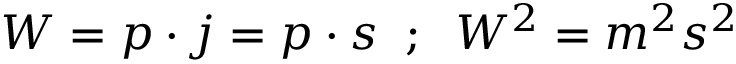
W = p \cdot j = p \cdot s \; \; ; \; \; W ^ { 2 } = m ^ { 2 } s ^ { 2 }